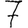
Digit: 7